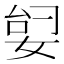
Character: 𫰶